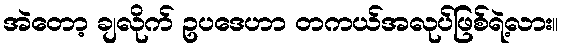
အဲတော့ ချလိုက် ဥပဒေဟာ တကယ်အလုပ်ဖြစ်ရဲ့လား။